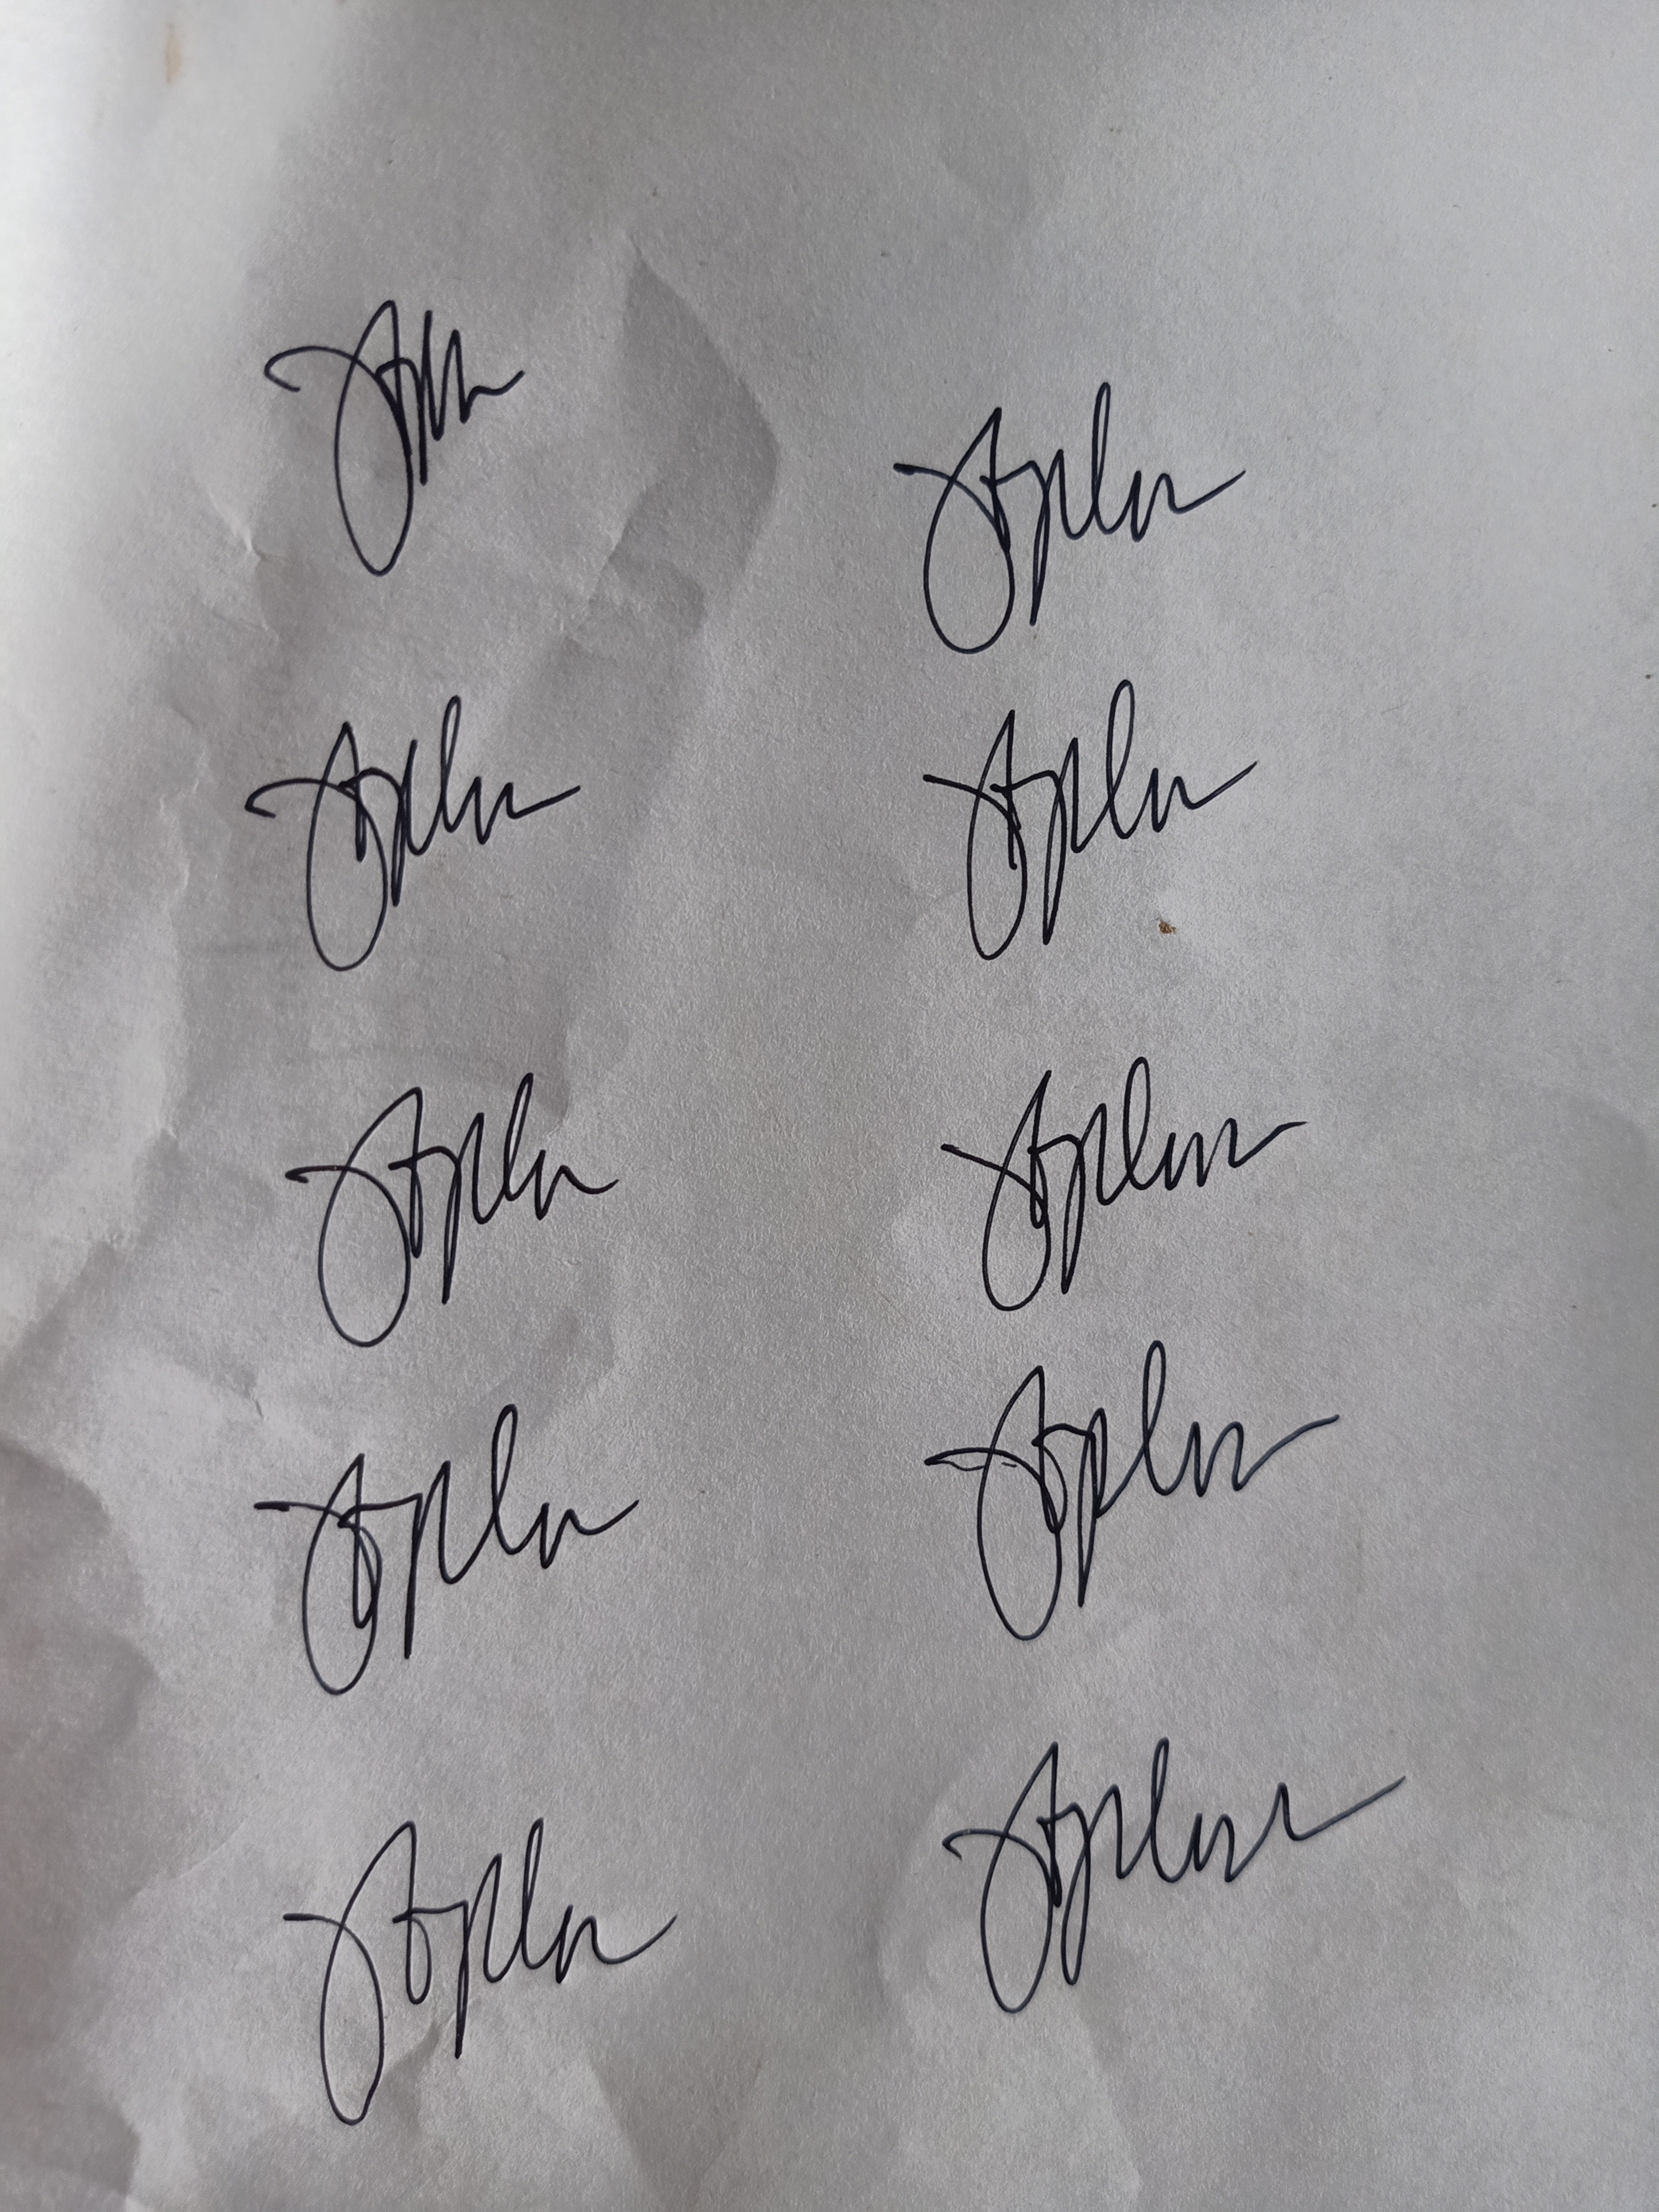
Signature authenticity: genuine